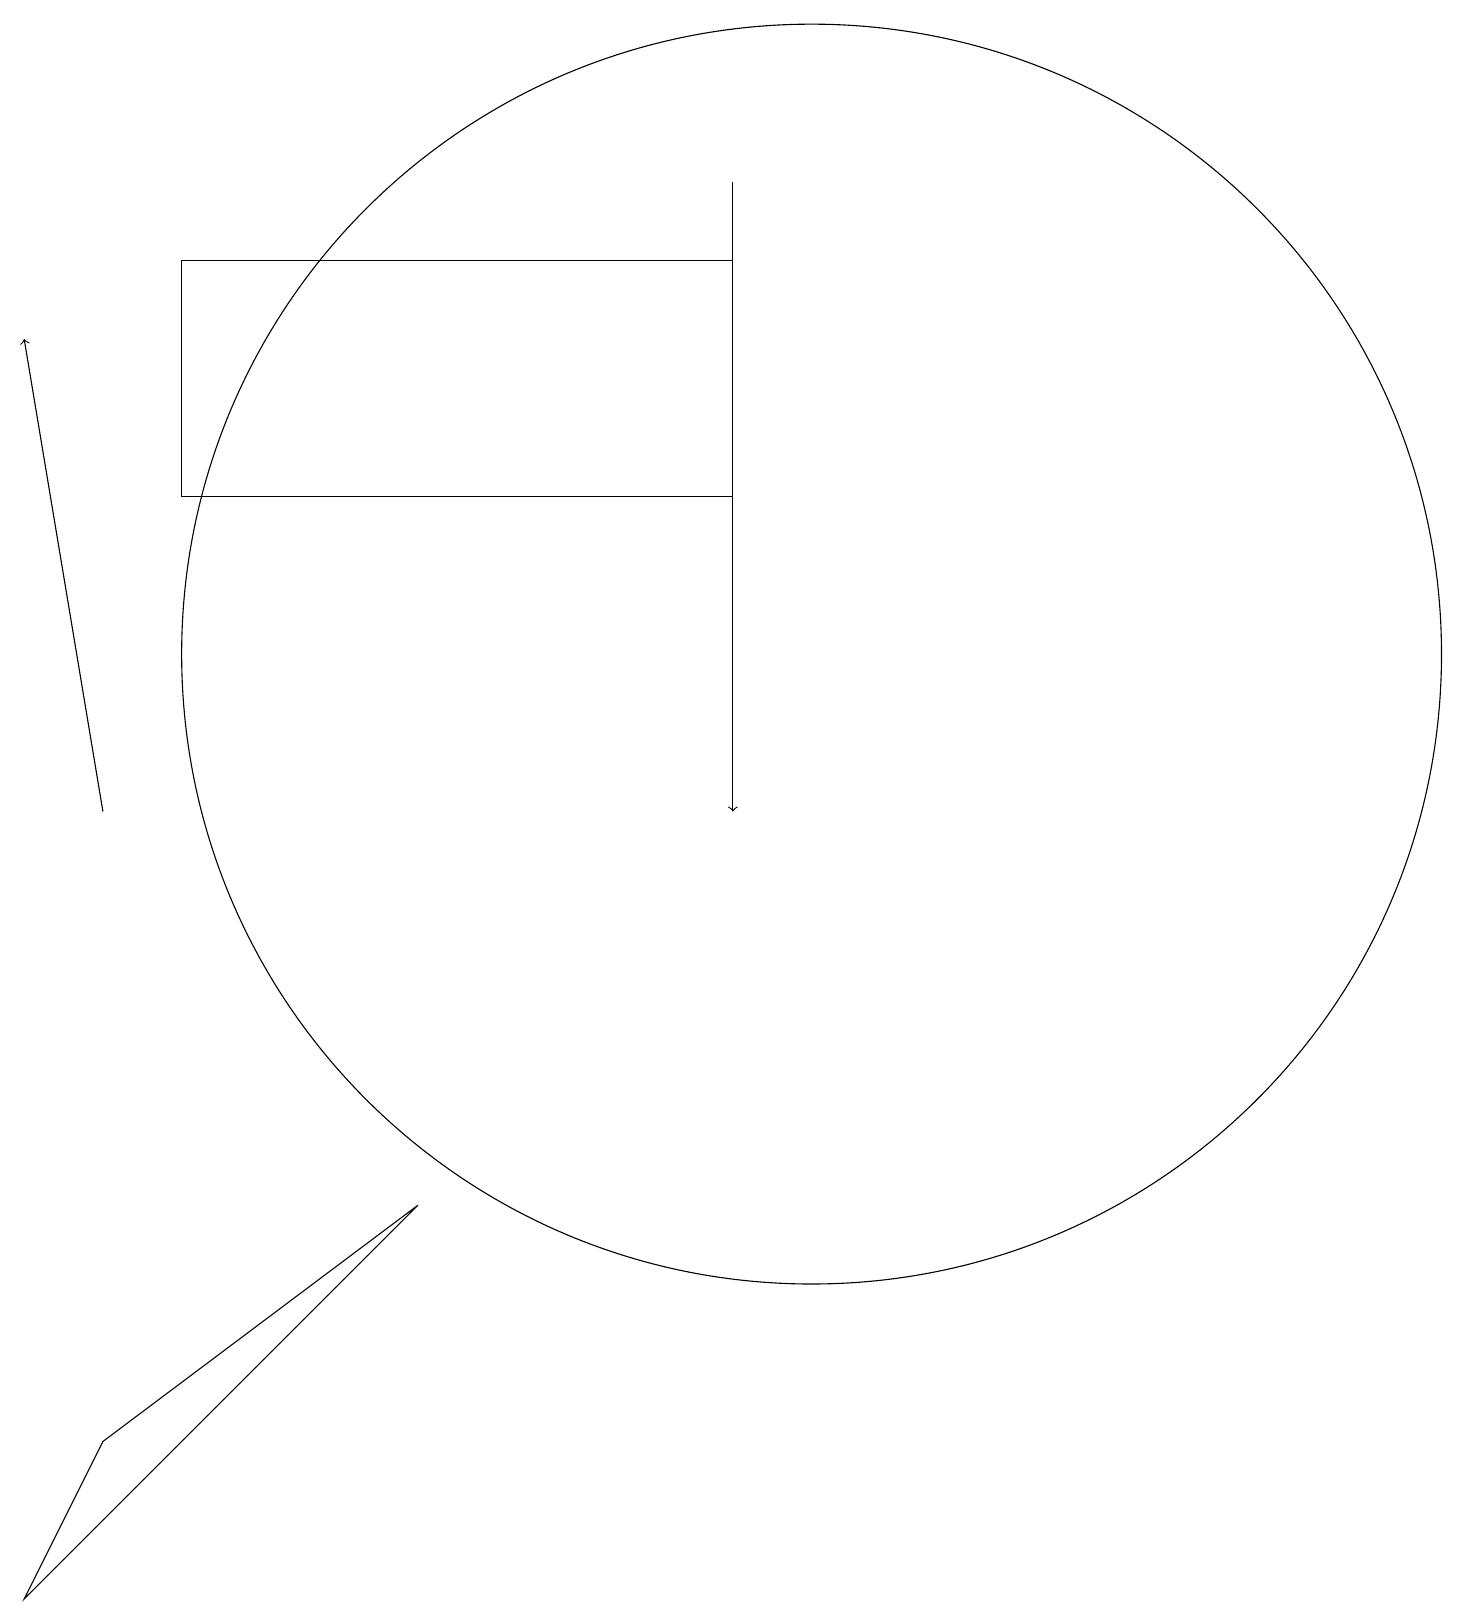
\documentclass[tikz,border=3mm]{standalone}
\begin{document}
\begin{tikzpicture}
\draw (10,12) circle (8);
\draw (11,11) circle (0);
\draw (0,0) -- (1,2) -- (5,5) -- cycle;
\draw[->] (9,18) -- (9,10);
\draw (10,11) circle (0);
\draw (9,17) rectangle (2,14);
\draw[->] (1,10) -- (0,16);
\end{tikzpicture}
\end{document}